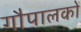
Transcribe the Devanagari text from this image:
गौपालकों